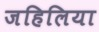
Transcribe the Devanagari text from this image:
जहिलिया